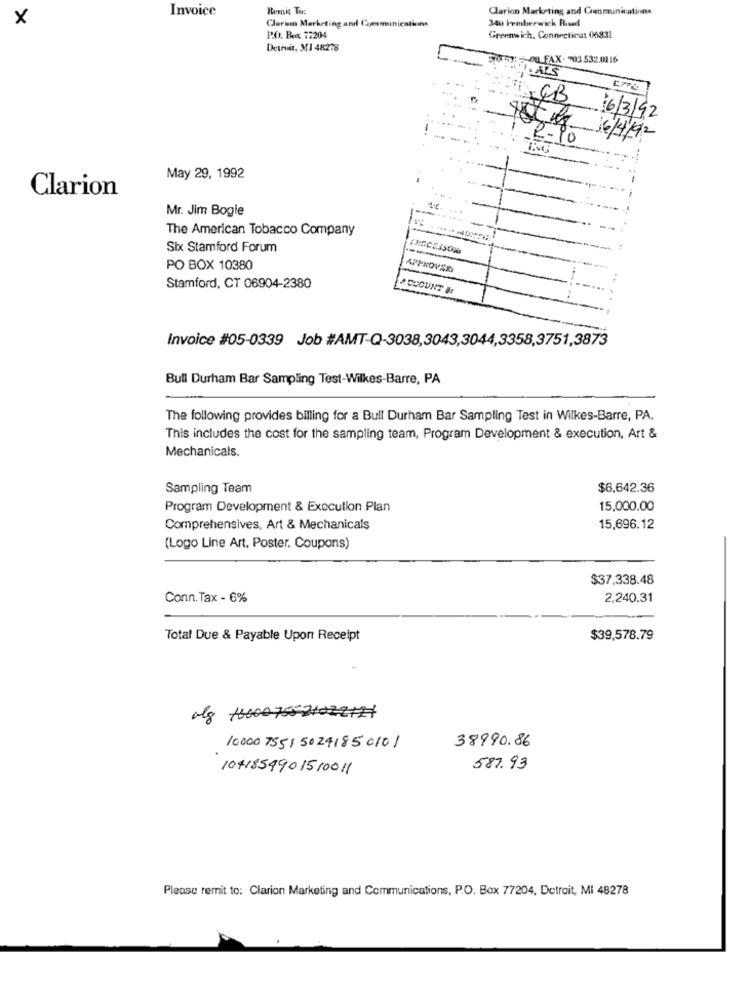
Invoice
Remis To:
Clarion Marketing and Communications
x
340 Femberwick Road
Clurin Marketing and Cesmunications
P.O. Box 72204
Greenwich, Connecticut 06831
Detroit, MI 48278
5043: 5-OFAX. 03.532.0116
16/3/92
2.90
16/4/92
-
May 29, 1992
Clarion
Mr. Jim Bogie
The American Tobacco Company
Six Stamford Forum
PO BOX 10380
APPKOVSRI
Stamford, CT 06904-2380
A COCUNT N
Invoice #05-0339 Job #AMT-Q-3038,3043,3044,3358,3751,3873
Bull Durham Bar Sampling Test-Wilkes-Barre, PA
The following provides billing for a Bull Durham Bar Sampling Test in Wilkes-Barre, PA.
This includes the cost for the sampling team, Program Development & execution, Art &
Mechanicals.
Sampling Team
$6,642.36
Program Development & Execution Plan
15,000.00
Comprehensives, Art & Mechanicals
15,696.12
(Logo Line Art. Poster, Coupons)
$37,338.48
Conn.Tax - 6%
2,240.31
Total Due & Payable Upon Receipt
$39,578.79
38990.86
10000 7551 50241850101
1041854901510011
587.93
Please remit to: Clarion Marketing and Communications, P.O. Box 77204, Detroit, Mi 48278